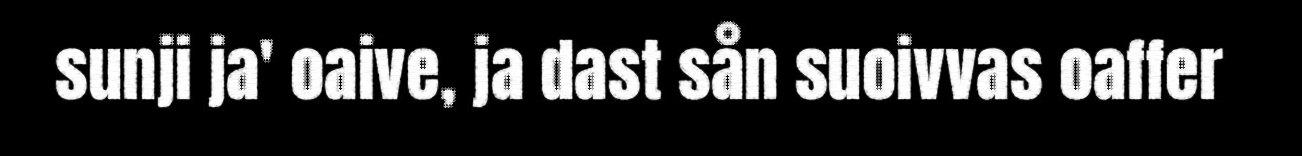
sunji ja' oaive, ja dast sån suoivvas oaffer